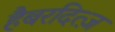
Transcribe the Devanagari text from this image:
हैबरदित्ज़